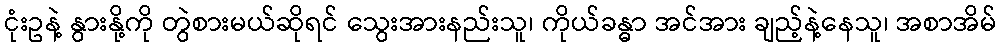
ငုံးဥနဲ့ နွားနို့ကို တွဲစားမယ်ဆိုရင် သွေးအားနည်းသူ၊ ကိုယ်ခန္ဓာ အင်အား ချည့်နဲ့နေသူ၊ အစာအိမ်